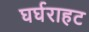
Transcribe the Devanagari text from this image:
घर्घराहट